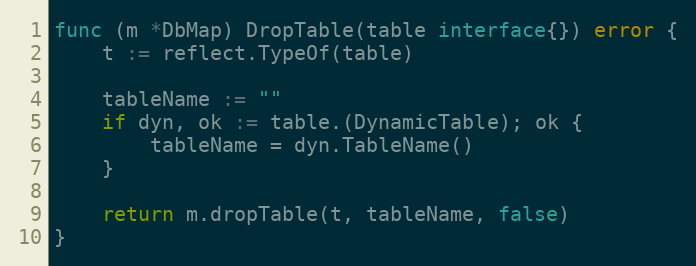
Language: Go
func (m *DbMap) DropTable(table interface{}) error {
	t := reflect.TypeOf(table)

	tableName := ""
	if dyn, ok := table.(DynamicTable); ok {
		tableName = dyn.TableName()
	}

	return m.dropTable(t, tableName, false)
}